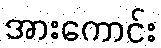
အားကောင်း